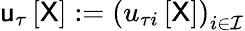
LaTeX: \mathsf{u}_{\tau}\left[\mathsf{X}\right]:=\left(u_{\tau i}\left[\mathsf{X}\right]\right)_{i\in\mathcal{I}}